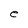
Character: e